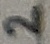
Text: 2